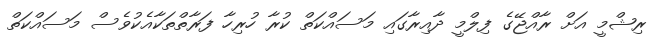
ރިޝްމީ އަށް ރާއްޖޭގެ ފިލްމީ ދާއިރާގައި މަސައްކަތް ކުރާ ހުރިހާ ފަރާތްތަކާއެކުވެސް މަސައްކަތް